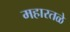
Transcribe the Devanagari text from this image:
महारतळे